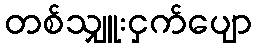
တစ်သျှူးငှက်ပျော